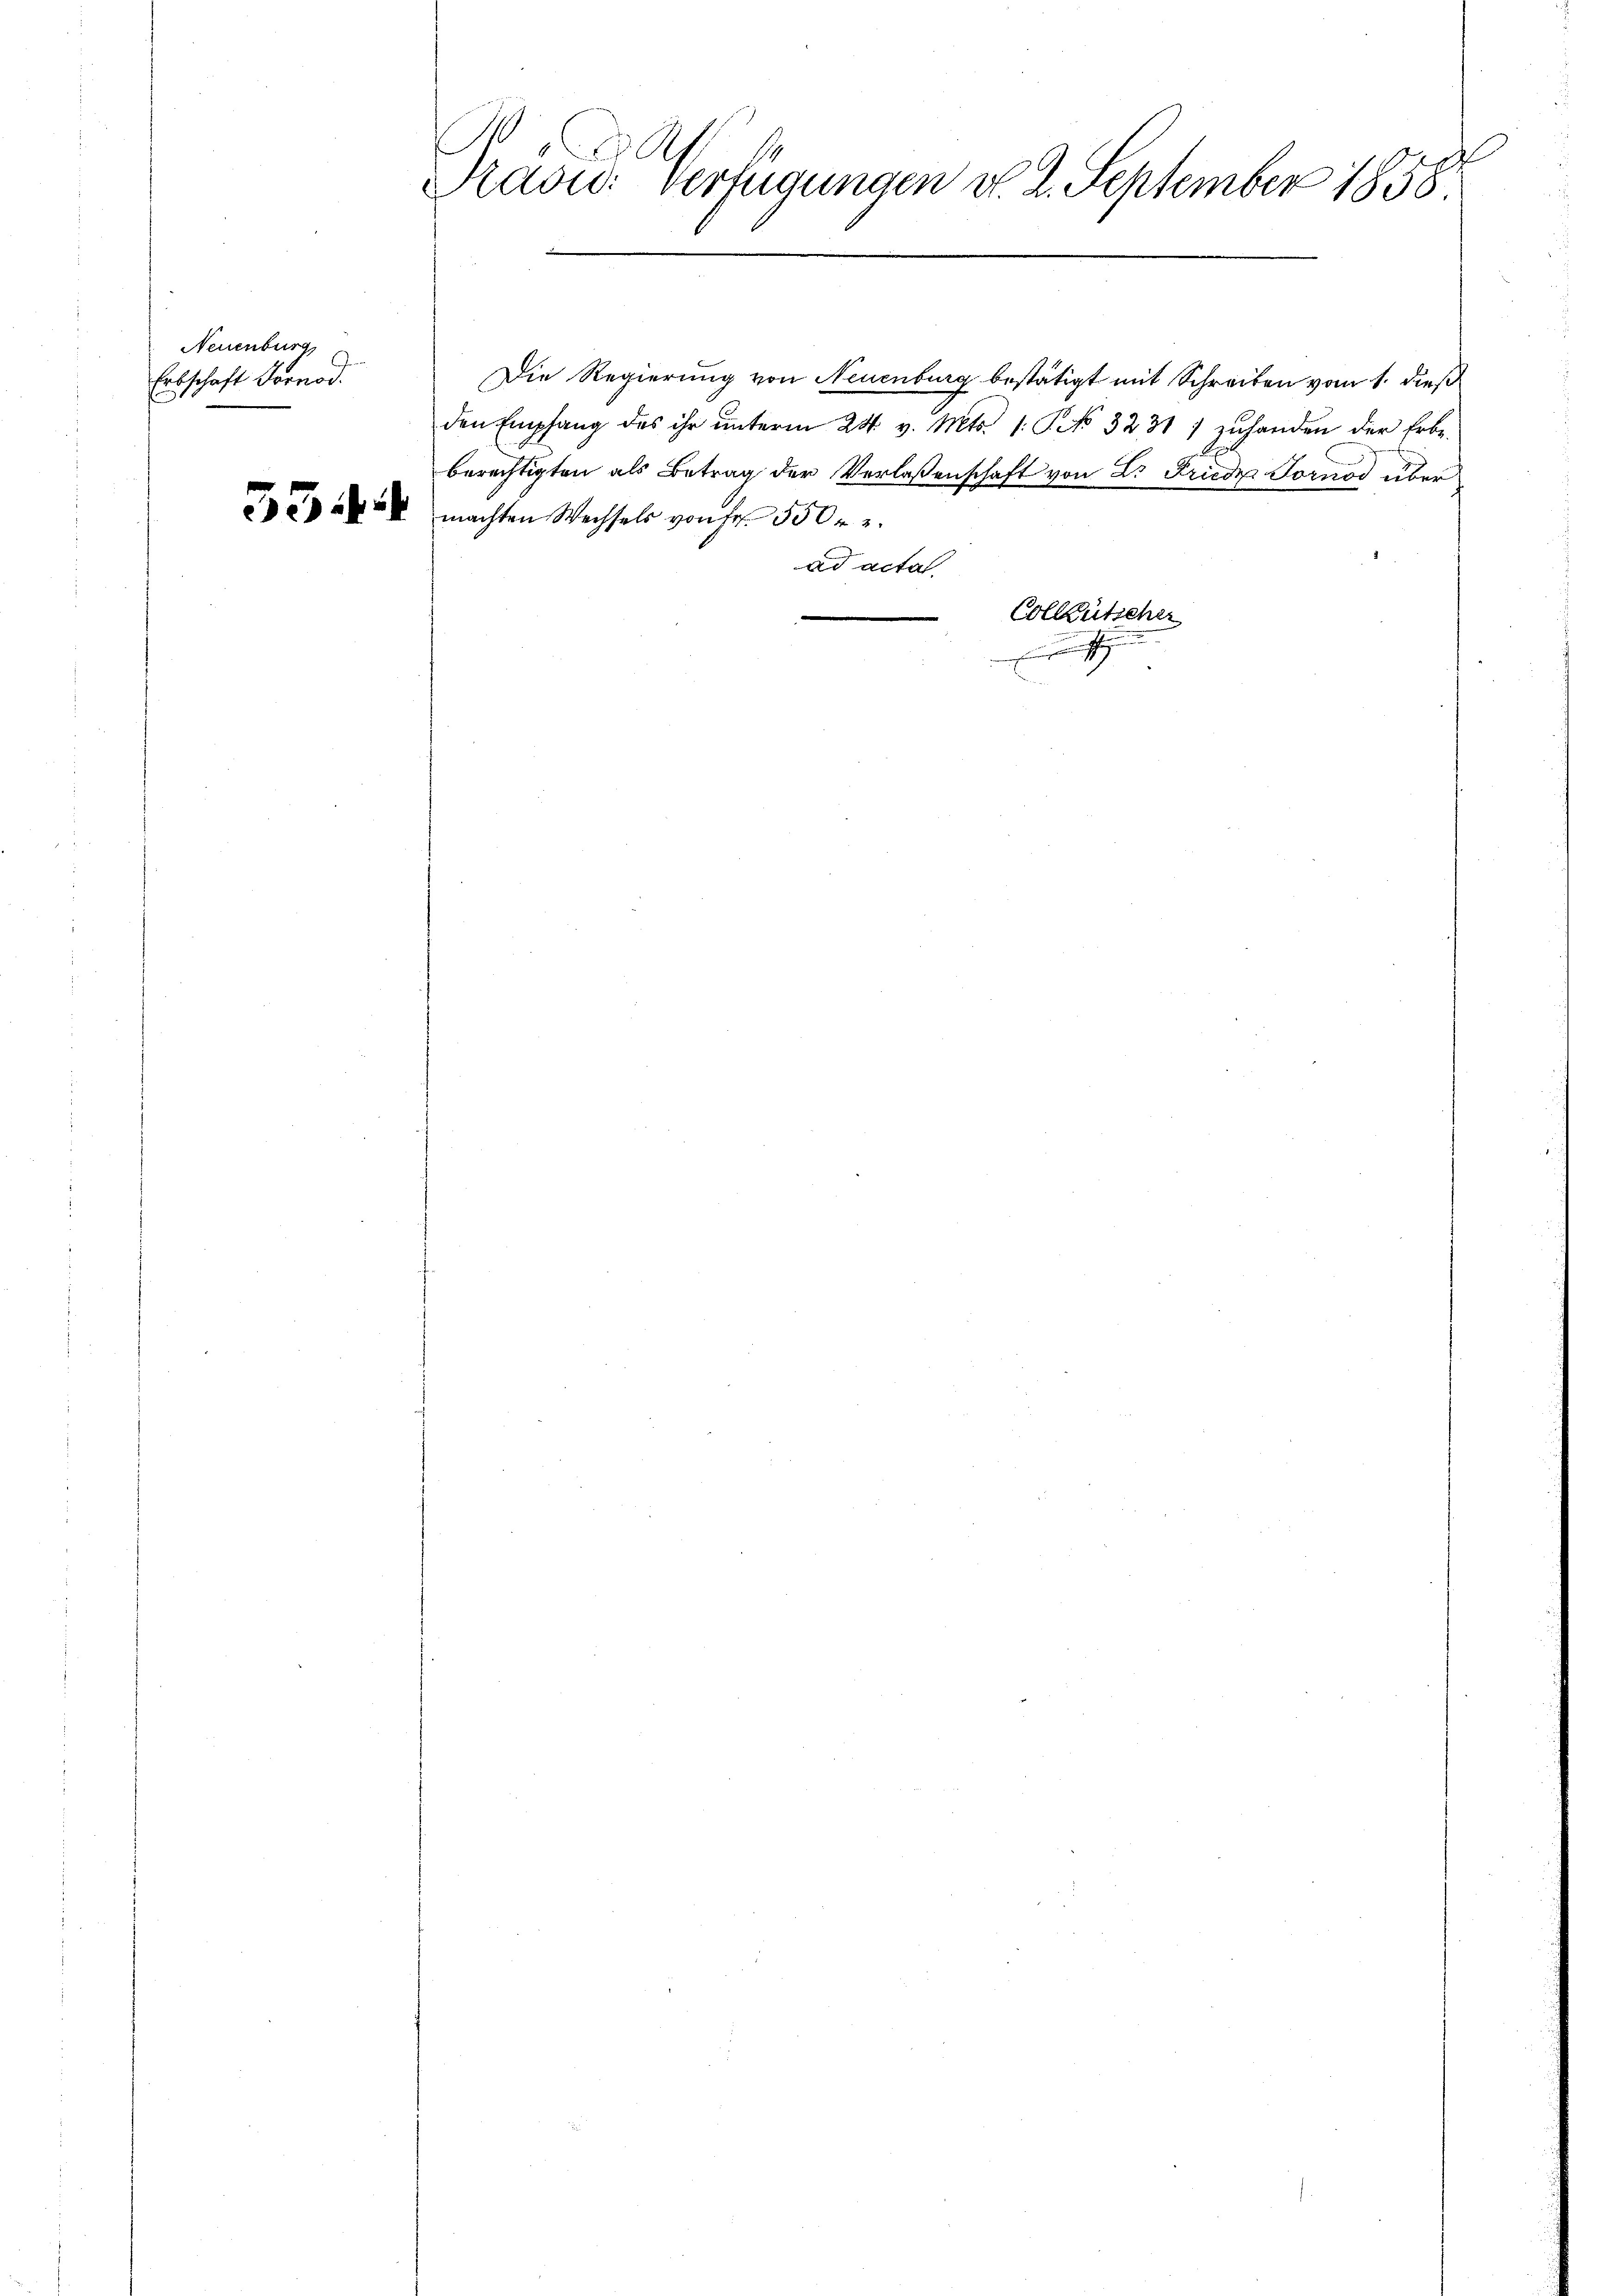
Neuenburg,
Erbschaft Fornod.

55

Rasus verfügungen v. 2. September 1858

Die Regierung von Neuenburg bestätigt mit Schreiben vom 1. dieß
den Empfang des ihr ŭnterm 24. v. Mts. 1. P. No. 3231) zŭhanden der Erbe-
berechtigten als Betrag der Verlassenschaft von Dr Friede Fornod über
machten Wechsels von Fr. 500 r. 2.
ad acta

Colleutscher
s